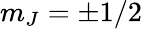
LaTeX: m_{J}=\pm 1/2